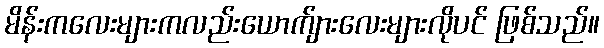
မိန်းကလေးများကလည်းယောက်ျားလေးများလိုပင် ဖြစ်သည်။